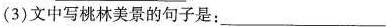
(3)文中写桃林美景的句子是：___